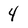
Character: 4